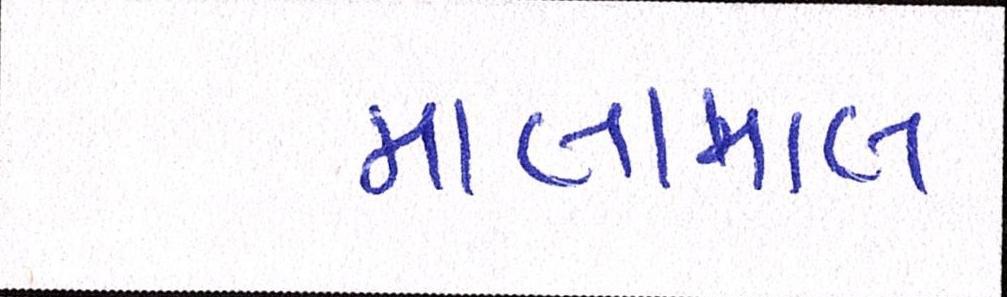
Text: માલામાલ